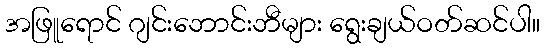
အဖြူရောင် ဂျင်းဘောင်းဘီများ ရွေးချယ်ဝတ်ဆင်ပါ။